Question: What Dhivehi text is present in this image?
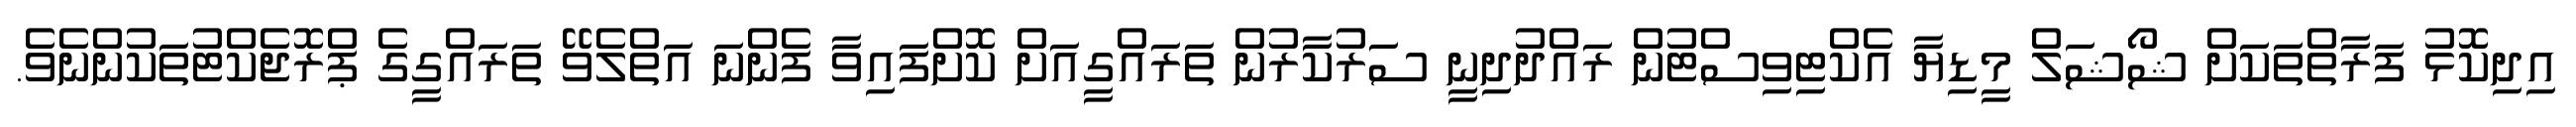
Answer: އިދިކޮޅު ފަރާތްތަކަށް ޝޯޝަލް މީޑިޔާ އެކްޓިވިސްޓުން ރައްދުދިނީ ސަރުކާރުން ތަރައްގީއަށް ކޮށްފައިވާ ފެންނަ އަތްލެވޭ ތަރައްގީގެ ޕްރޮޖެކްޓުތަކުންނެވެ.